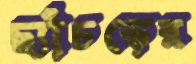
ছ্যাঁচড়ের